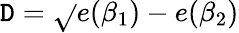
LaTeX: \mathtt{D}=\sqrt{}{{e(\beta_{1})-e(\beta_{2})}}